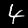
Digit: 4